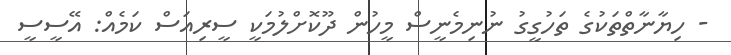
- ހިޔާނާތްތަކުގެ ތަހުގީގު ނުނިމެނީސް މީހުން ދޫކޮށްލުމަކީ ސީރިއަސް ކަމެއް: އޭސީސީ